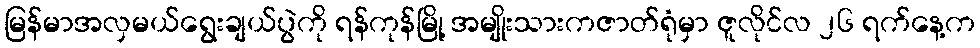
မြန်မာအလှမယ်ရွေးချယ်ပွဲကို ရန်ကုန်မြို့ အမျိုးသားကဇာတ်ရုံမှာ ဇူလိုင်လ ၂၆ ရက်နေ့က